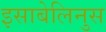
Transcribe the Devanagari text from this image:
इसाबेलिनुस